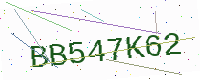
Text: BB547K62